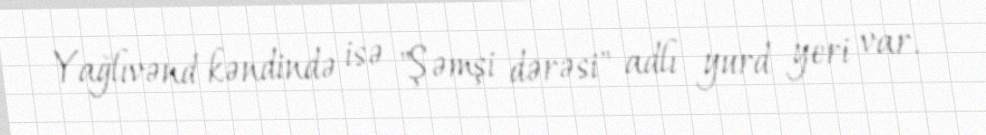
Yağlıvənd kəndində isə "Şəmşi dərəsi" adlı yurd yeri var.